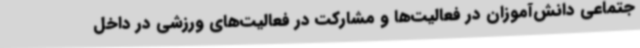
جتماعی دانش‌آموزان در فعالیت‌ها و مشارکت در فعالیت‌های ورزشی در داخل